Bréfritari: Þórunn Pálsdóttir
Viðtakandi: Páll Pálsson
Dagsetning: A-1858-01-10
Skrifað á: Hallfreðarstöðum  N-Múl.
Páll var bróðir Þórunnar

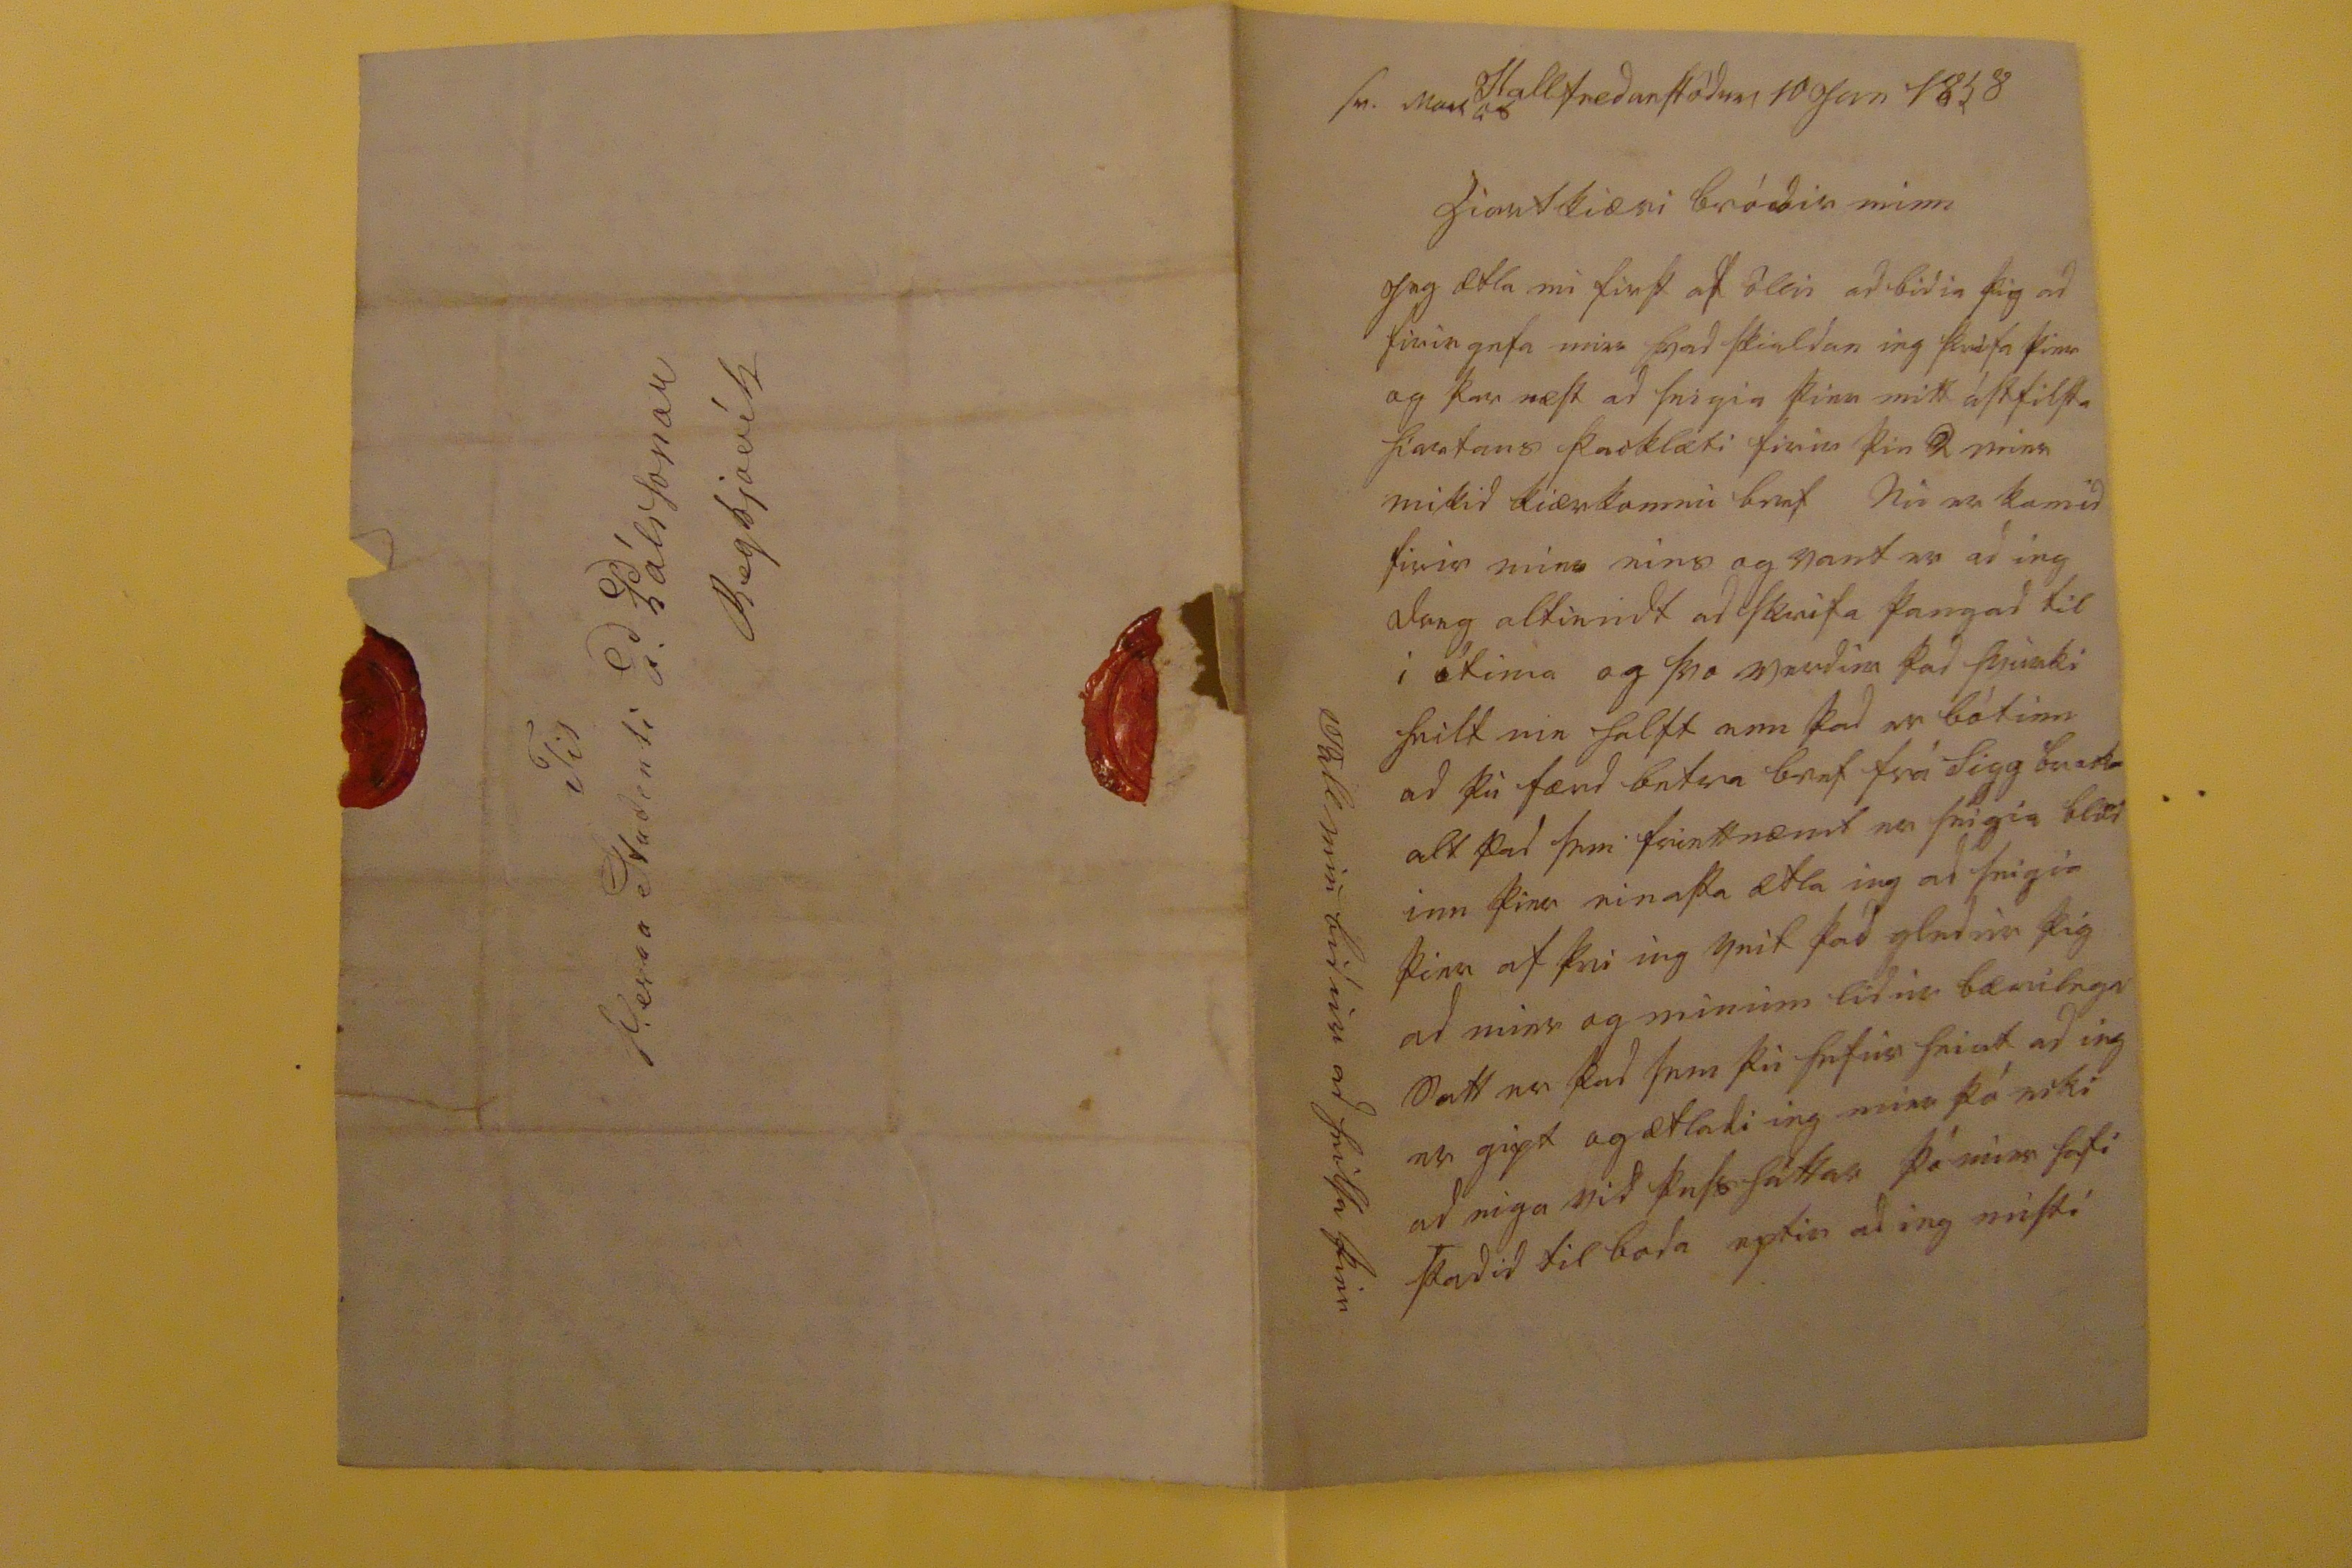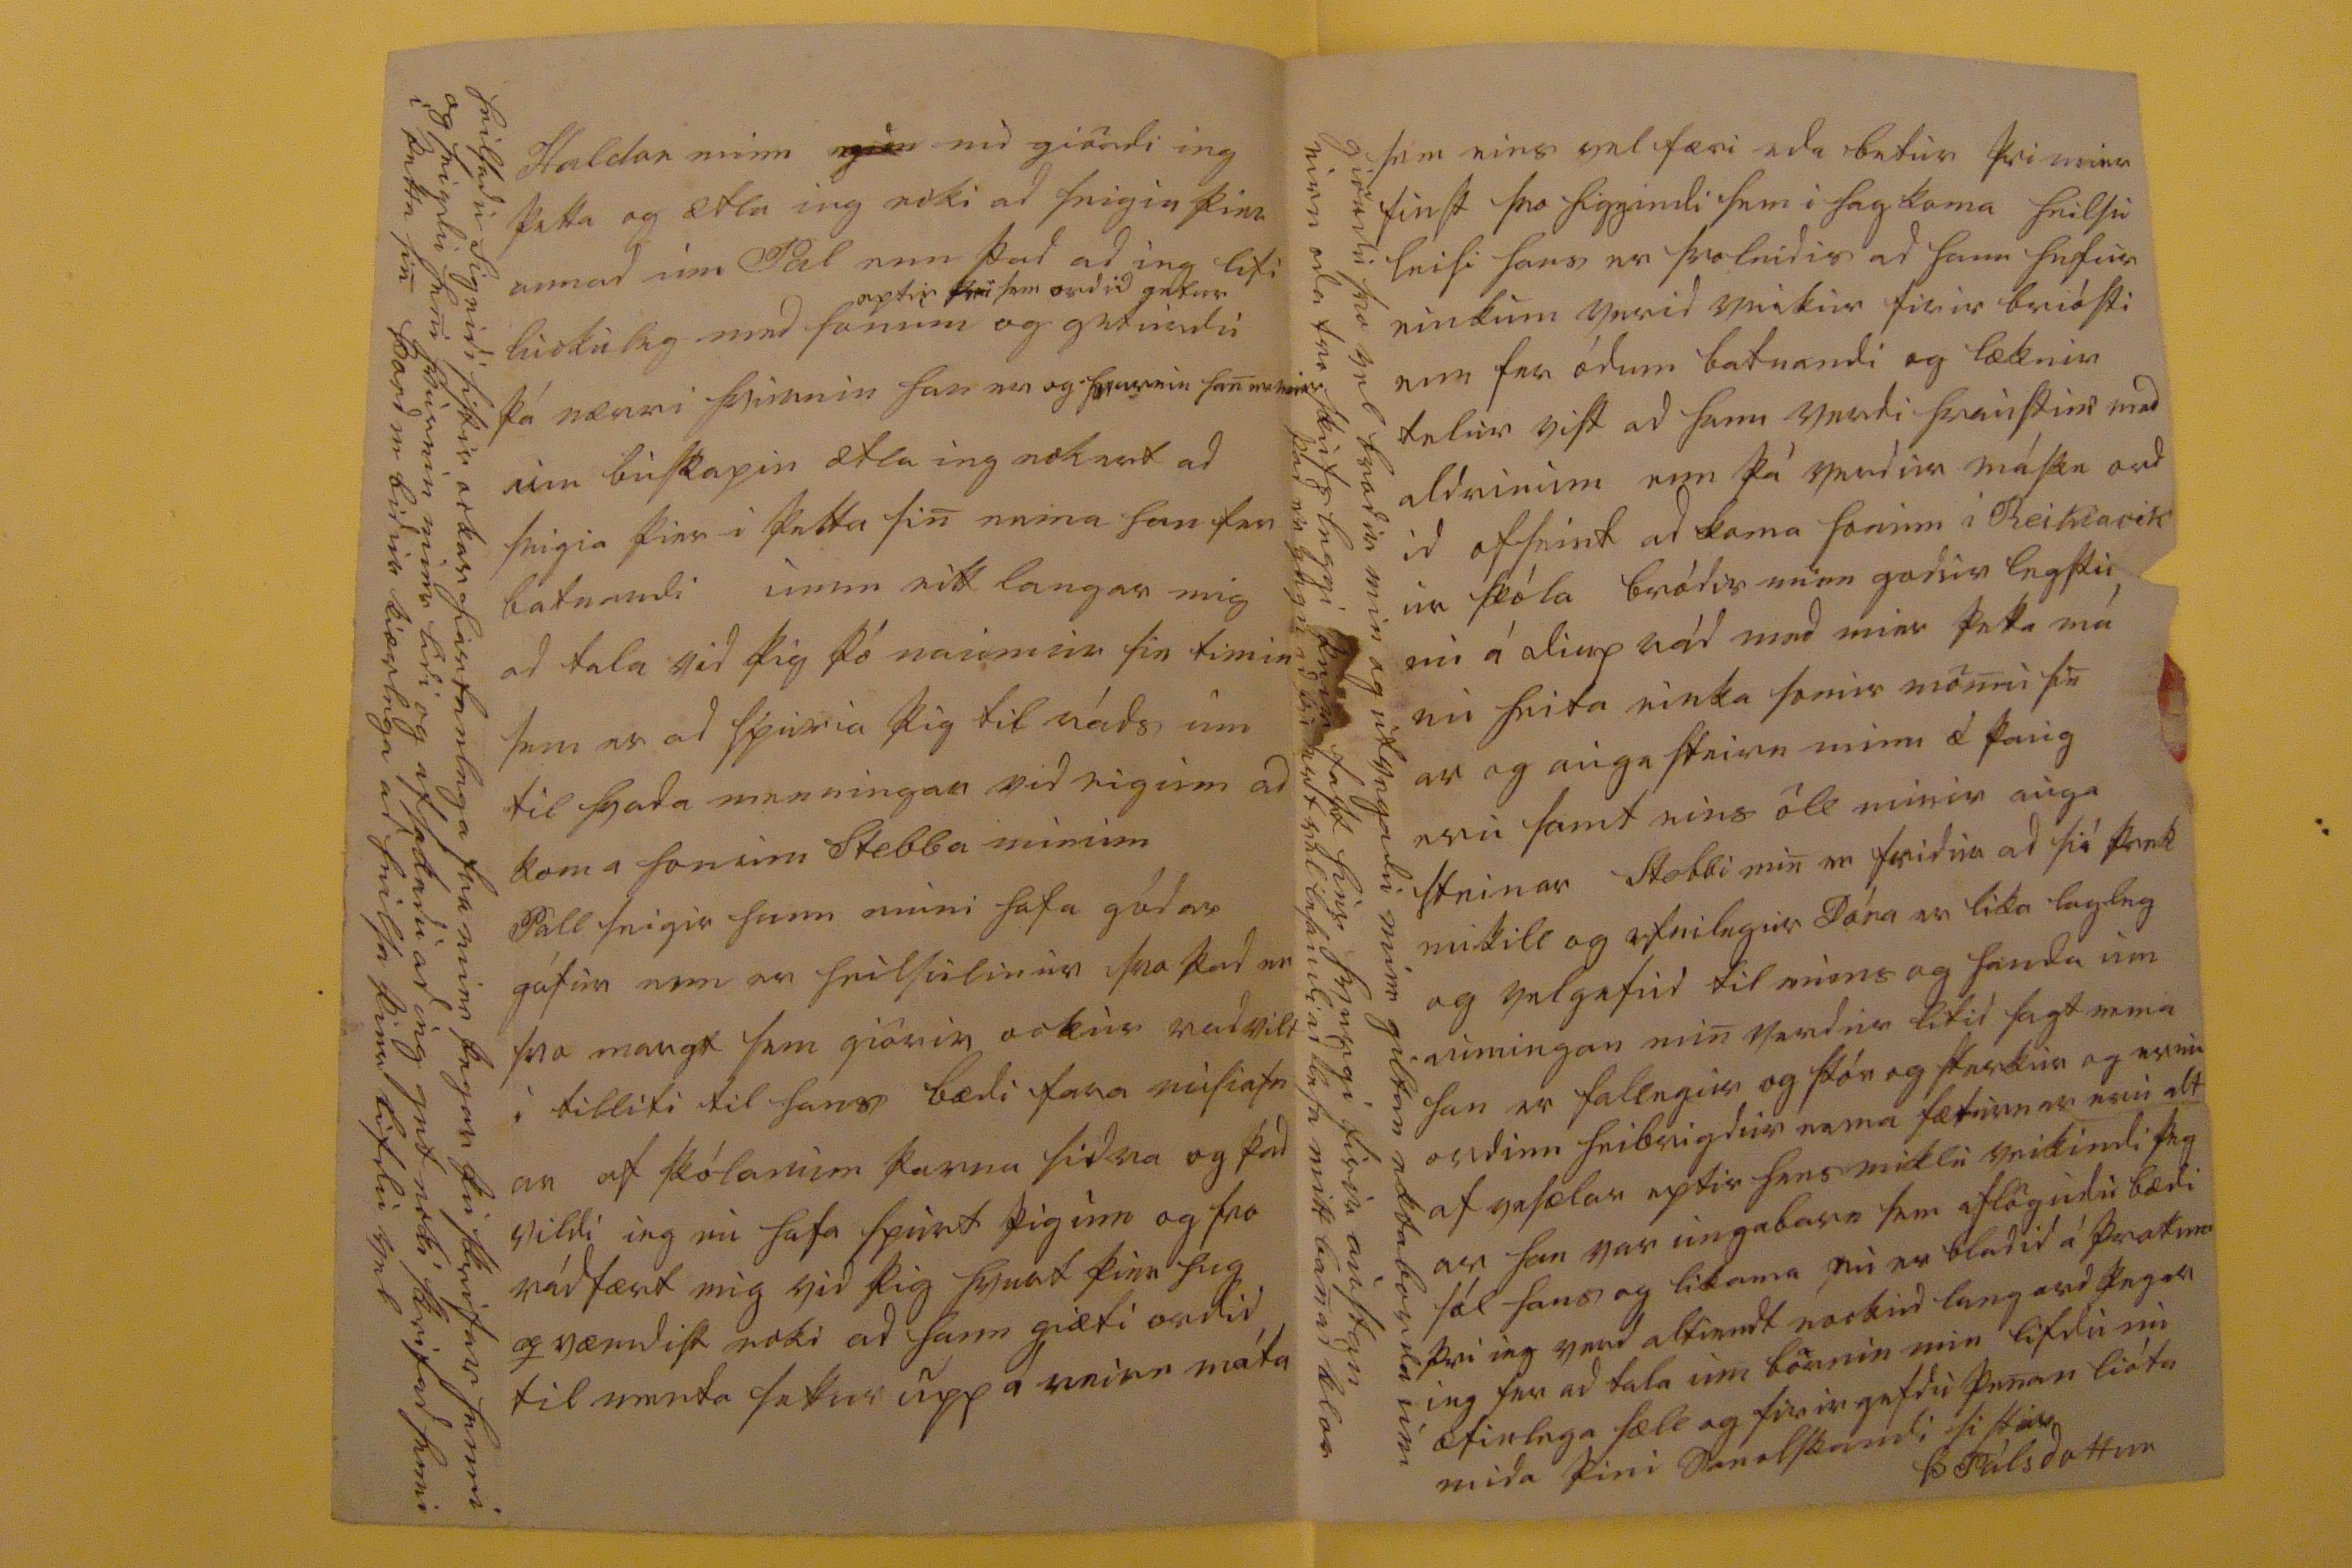

Haldan minn
000
000
gördi ieg þetta og ætla ieg ecki ad seigia þier annad um Pal enn þad ad ieg lifi luckuleg med honum
eptir þvi sem ordid getur
og geturdu þá nærri hvurnin han er og hvurnin han
er v000
um buskapin ætla ieg eckert ad seigia þier i þetta sin nema han fer batnandi umm eitt langar mig ad tala vid þig þó naumur sie timin sem er ad spuria þig til ráds um til hvada menningar vid eigum ad koma honum Stebba minum Pall seigir hann muni hafa gódar gáfur enn er heilsulinur svo þad er svo margt sem giörir ockur radvilt i tilliti til hans bædi fara misiafn ar af skólanum þarna sidra og þad vildi ieg nu hafa spurt þig um og svo rádfært mig vid þig hvurt þier hug qvæmdist ecki ad hann giæti ordid til menta setur upp á
reirn
máta
heilsadu Sigridi sistir ockar hiartanlega fra mier þegar þu skrifar henni og seigdu heni hvurnin mier lidi og afsakadu ad ieg get ecki skrifad henni i þetta sin Þord m bidur kiærlega ad heilsa þier lifdu vel
hiartkiæri bródir minn
Jeg ætla nu first af öllu ad bidia þig ad firirgefa mier hvad sk
uldan
ieg skrifa þier og þar næst ad seigia þier mitt ástfilsta hiartans þacklæti firir þin 2 eins mikid kiærkomnu bref Nu er komid firir mier eins og vant er ad ieg dreg altiendt ad skrifa þangad til i ótima og svo verdur þad hvurki heilt nie halft enn þad er bótum ad þu færd betra bref frá Sigg br
00
alt þad sem friettnæmt er seigia bl
00
inn þier einasta ætla ieg ad seigia þier af þvi ieg veit þad gledur þig ad mier og minum lidur bærilega Satt er þad sem þu hefur heirt ad ieg er gipt og ætladi ieg mier þó ecki ad eiga vid þess háttar þó mier hafi stadid til boda eptir ad ieg misti
sem eins vel færi eda betur þvi mier finst svo
higgandi
sem i hag koma heilsu leisi hans er svoleidis ad hann hefur einkum verid veikur firir briósti enn fer ódum batnandi og læknir telur vist ad hann verdi hraustur med aldrinum enn þá verdur máske ord id ofseint ad koma honum i Reikiavik ur skóla bródir minn godur legstu nu á diup rád med mier þetta má nu heita einka sonur mömu sin ar og auga steinn minn æ þaug eru samt eins öll minir auga steinar Stebbi min er fridur ad siá þrek mikill og efnilegur Dóra er lika lagleg og velgafud til muns og handa um aumingan min verdur litid sagt nema han er fallegur og stór og sterkur og er nu ordinn heilsugdur nema fæturnar eru alt af vesælar eptir hans miklu veikindi þeg ar han var ungabarn sem aflögudu bædi sál hans og likama nu er bladid á þrotum þvi ieg verd altiendt nockud langord þegar ieg fer ad tala um börnin min lifdu nu æfinlega sæll og firirgefdu þenan lióta mida
þini sanelskandi systur
Þ Pálsdottur
giördu svo vel brodir min og utvegadu mier giltan ektaborda um eirn eda tvo
skuts leggi
þeir fast hier hvurgi firir austan þad er gagn ad þu ert vel lesandi ad lesa mitt banad klor
Til Herra Studenti P. Pálssonar Reykjavík